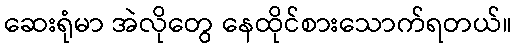
ဆေးရုံမာ အဲလိုတွေ နေထိုင်စားသောက်ရတယ်။